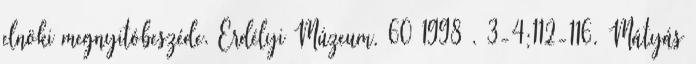
elnöki megnyitóbeszéde. Erdélyi Múzeum. 60 1998 . 3-4:112-116. Mátyás